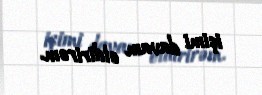
işimi davam etdirirəm.